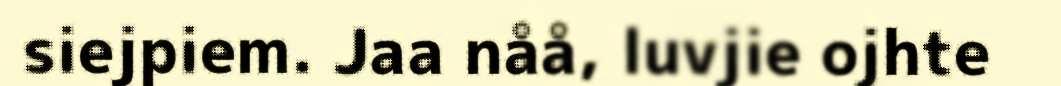
siejpiem. Jaa nåå, luvjie ojhte